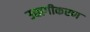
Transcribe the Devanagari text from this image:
उद्यागीकरण